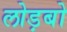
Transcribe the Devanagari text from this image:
लोड़बो